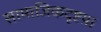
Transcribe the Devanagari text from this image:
सामाजिकदृष्टय़ा